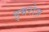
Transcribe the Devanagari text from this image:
इमरोज़